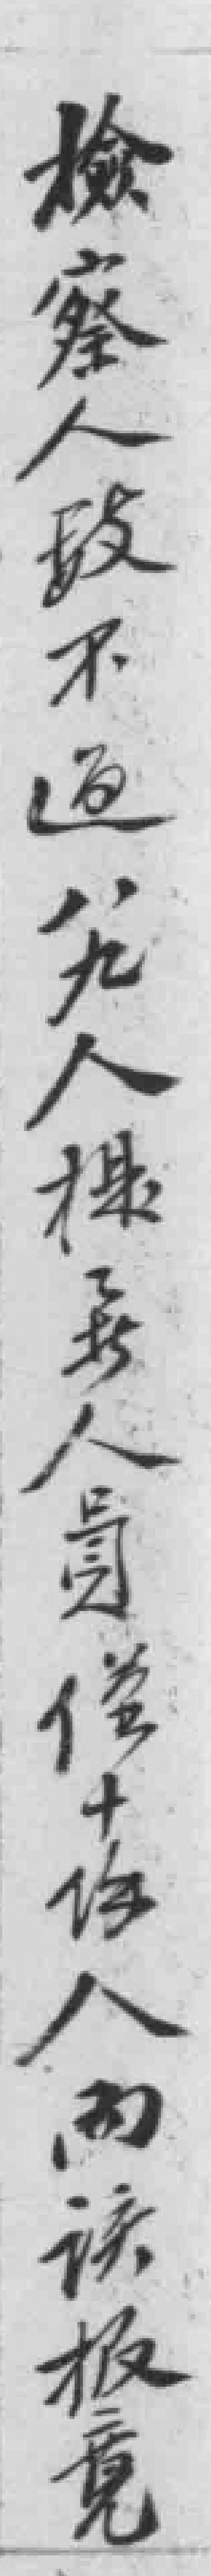
檢察人数不过八九人*人員僅十餘人而该报竟